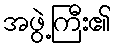
အဖွဲ့ကြီး၏